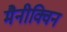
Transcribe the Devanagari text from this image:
मैनीक्विन